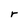
Character: r